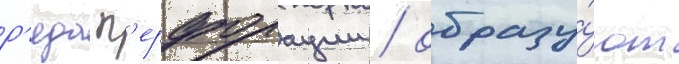
р'яда п'ерфорации / образу́ют